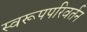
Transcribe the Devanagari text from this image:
स्वरूपपरिवर्तन